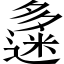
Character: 𡗅